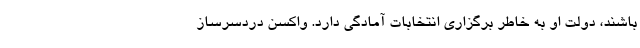
باشند، دولت او به خاطر برگزاری انتخابات آمادگی دارد. واکسن دردسرساز